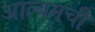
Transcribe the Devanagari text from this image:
आल्बमची